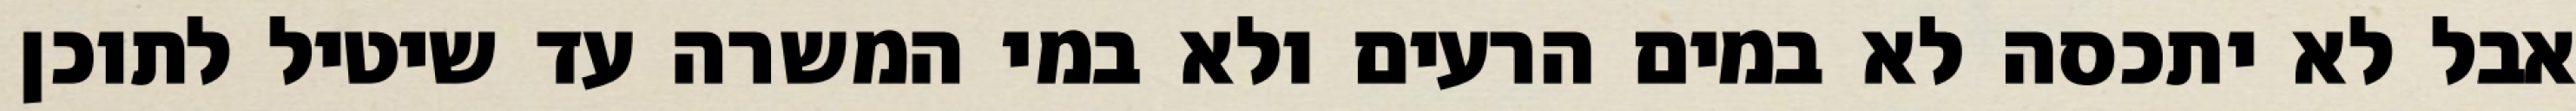
אבל לא יתכסה לא במים הרעים ולא במי המשרה עד שיטיל לתוכן